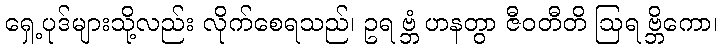
ရှေ့ပုဒ်များသို့လည်း လိုက်စေရသည်၊ ဥရ ဗ္ဘံ ဟနတွာ ဇီဝတီတိ ဩရ ဗ္ဘိကော၊